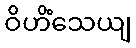
ဝိဟိံသေယျ